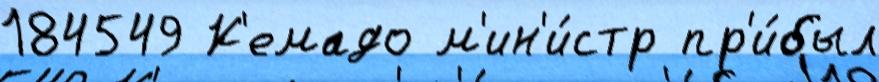
184549 К'емадо м'ин'и́стр пр'и́был